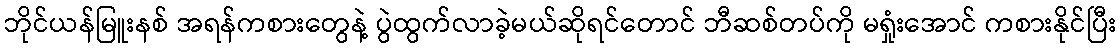
ဘိုင်ယန်မြူးနစ် အရန်ကစားတွေနဲ့ ပွဲထွက်လာခဲ့မယ်ဆိုရင်တောင် ဘီဆစ်တပ်ကို မရှုံးအောင် ကစားနိုင်ပြီး